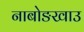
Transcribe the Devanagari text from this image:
नाबोङखाउ